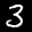
Label: 3